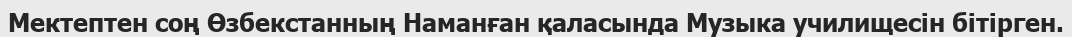
Мектептен соң Өзбекстанның Наманған қаласында Музыка училищесін бітірген.